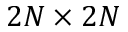
2 N \times 2 N